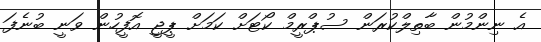
އެ ނިންމުން ބާތިލްކުރަން ސުޕްރީމް ކޯޓަށް ކަމަށް ޕީޖީ އޮފީހުން ވަނީ ބުނެފަ